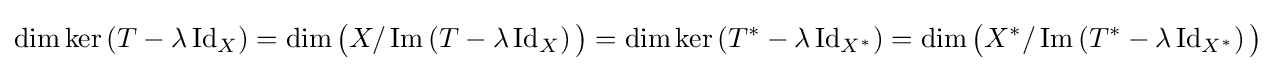
\dim \ker \left(T-\lambda \operatorname {Id} _{X}\right)=\dim {\big (}X/\operatorname {Im} \left(T-\lambda \operatorname {Id} _{X}\right){\big )}=\dim \ker \left(T^{*}-\lambda \operatorname {Id} _{X^{*}}\right)=\dim {\big (}X^{*}/\operatorname {Im} \left(T^{*}-\lambda \operatorname {Id} _{X^{*}}\right){\big )}